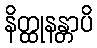
နိတ္ထုနန္တာပိ